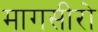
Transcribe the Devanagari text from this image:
मागसीरो